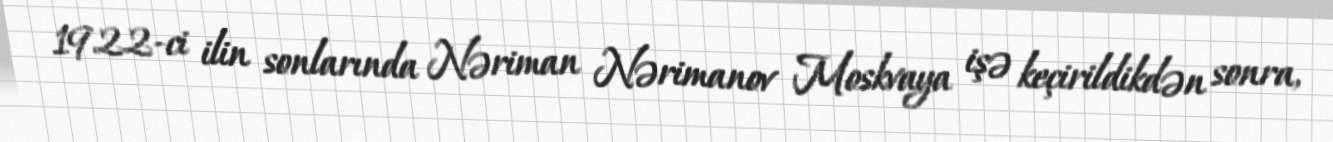
1922-ci ilin sonlarında Nəriman Nərimanov Moskvaya işə keçirildikdən sonra,